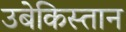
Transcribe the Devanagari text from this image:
उबेकिस्तान